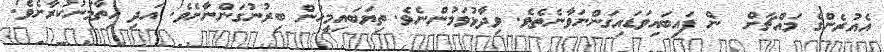
އެއުރެންގެ މައްޗަށް  ން ފައިބައިވަޑައިގަންނަވާނެތެވެ. ވިދާޅުވަމުންނެވެ. ތިޔަބައިމީހުން ބިރުނުގަންނާށެވެ! އަދި ހިތާމަނުކުރާށެވެ!